Scottish Leaving Certificate Examination, 1954
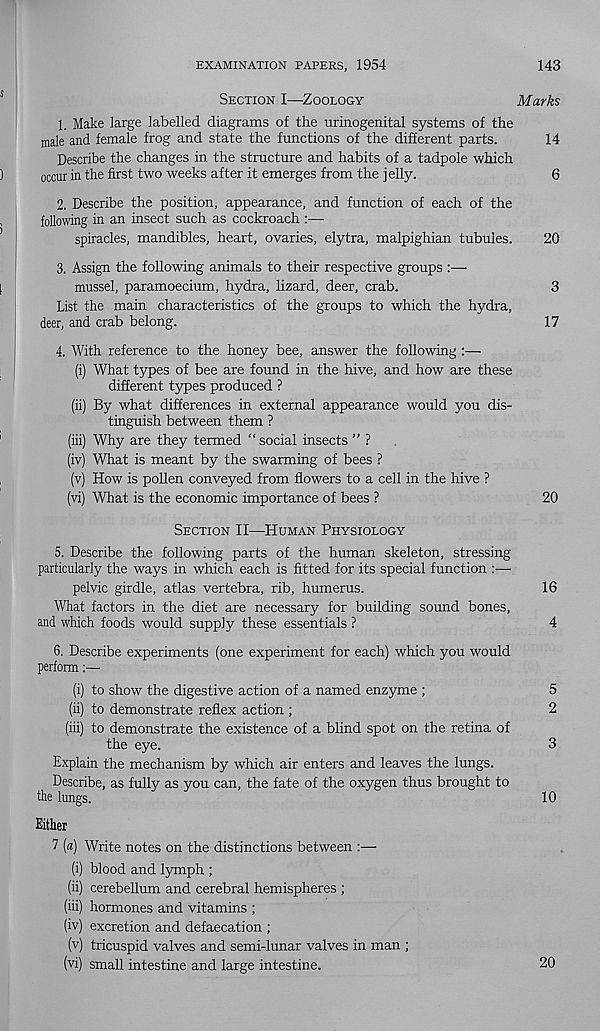
EXAMINATION PAPERS, 1954
143
Section I—Zoology
Marks
1. Make large labelled diagrams of the urinogenital systems of the
male and female frog and state the functions of the different parts.
14
Describe the changes in the structure and habits of a tadpole which
occur in the first two weeks after it emerges from the jelly.
6
2. Describe the position, appearance, and function of each of the
following in an insect such as cockroach :—
spiracles, mandibles, heart, ovaries, elytra, malpighian tubules.
20
3. Assign the following animals to their respective groups :—
mussel, paramoecium, hydra, lizard, deer, crab.
3
List the main characteristics of the groups to which the hydra,
deer, and crab belong.
17
4. With reference to the honey bee, answer the following :—
(i) What types of bee are found in the hive, and how are these
different types produced ?
(ii) By what differences in external appearance would you dis-
tinguish between them ?
(iii) Why are they termed “social insects ” ?
(iv) What is meant by the swarming of bees ?
(v) How is pollen conveyed from flowers to a cell in the hive ?
(vi) What is the economic importance of bees ?
20
Section II—Human Physiology
5. Describe the following parts of the human skeleton, stressing
particularly the ways in which each is fitted for its special function
pelvic girdle, atlas vertebra, rib, humerus.
16
What factors in the diet are necessary for building sound bones,
and which foods would supply these essentials ?
4
6. Describe experiments (one experiment for each) which you would
perform
(i) to show the digestive action of a named enzyme ;
5
(ii) to demonstrate reflex action ;
2
(iii) to demonstrate the existence of a blind spot on the retina of
the eye.
3
Explain the mechanism by which air enters and leaves the lungs.
Describe, as fully as you can, the fate of the oxygen thus brought to
the lungs.
10
Either
7 (a) Write notes on the distinctions between :—
(i) blood and lymph ;
(ii) cerebellum and cerebral hemispheres ;
(iii) hormones and vitamins ;
(iv) excretion and defaecation ;
(v) tricuspid valves and semi-lunar valves in man ;
(vi) small intestine and large intestine.
20